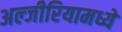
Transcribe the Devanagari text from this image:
अल्जीरियामध्ये